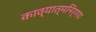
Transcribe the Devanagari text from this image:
काव्यात्मनिर्णय